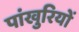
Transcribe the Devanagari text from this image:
पांखुरियों